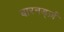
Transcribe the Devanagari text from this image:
बारनर्ड्ज़